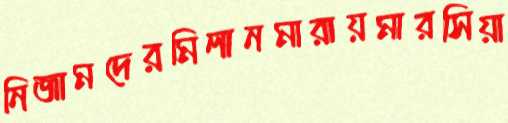
নিজামদেরমিলানমারায়মারসিয়া